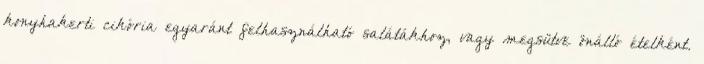
konyhakerti cikória egyaránt felhasználható salátákhoz, vagy megsütve önálló ételként.